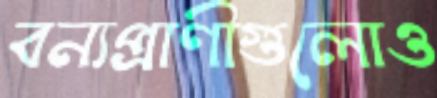
বন্যপ্রাণীগুলোও